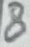
Text: 8